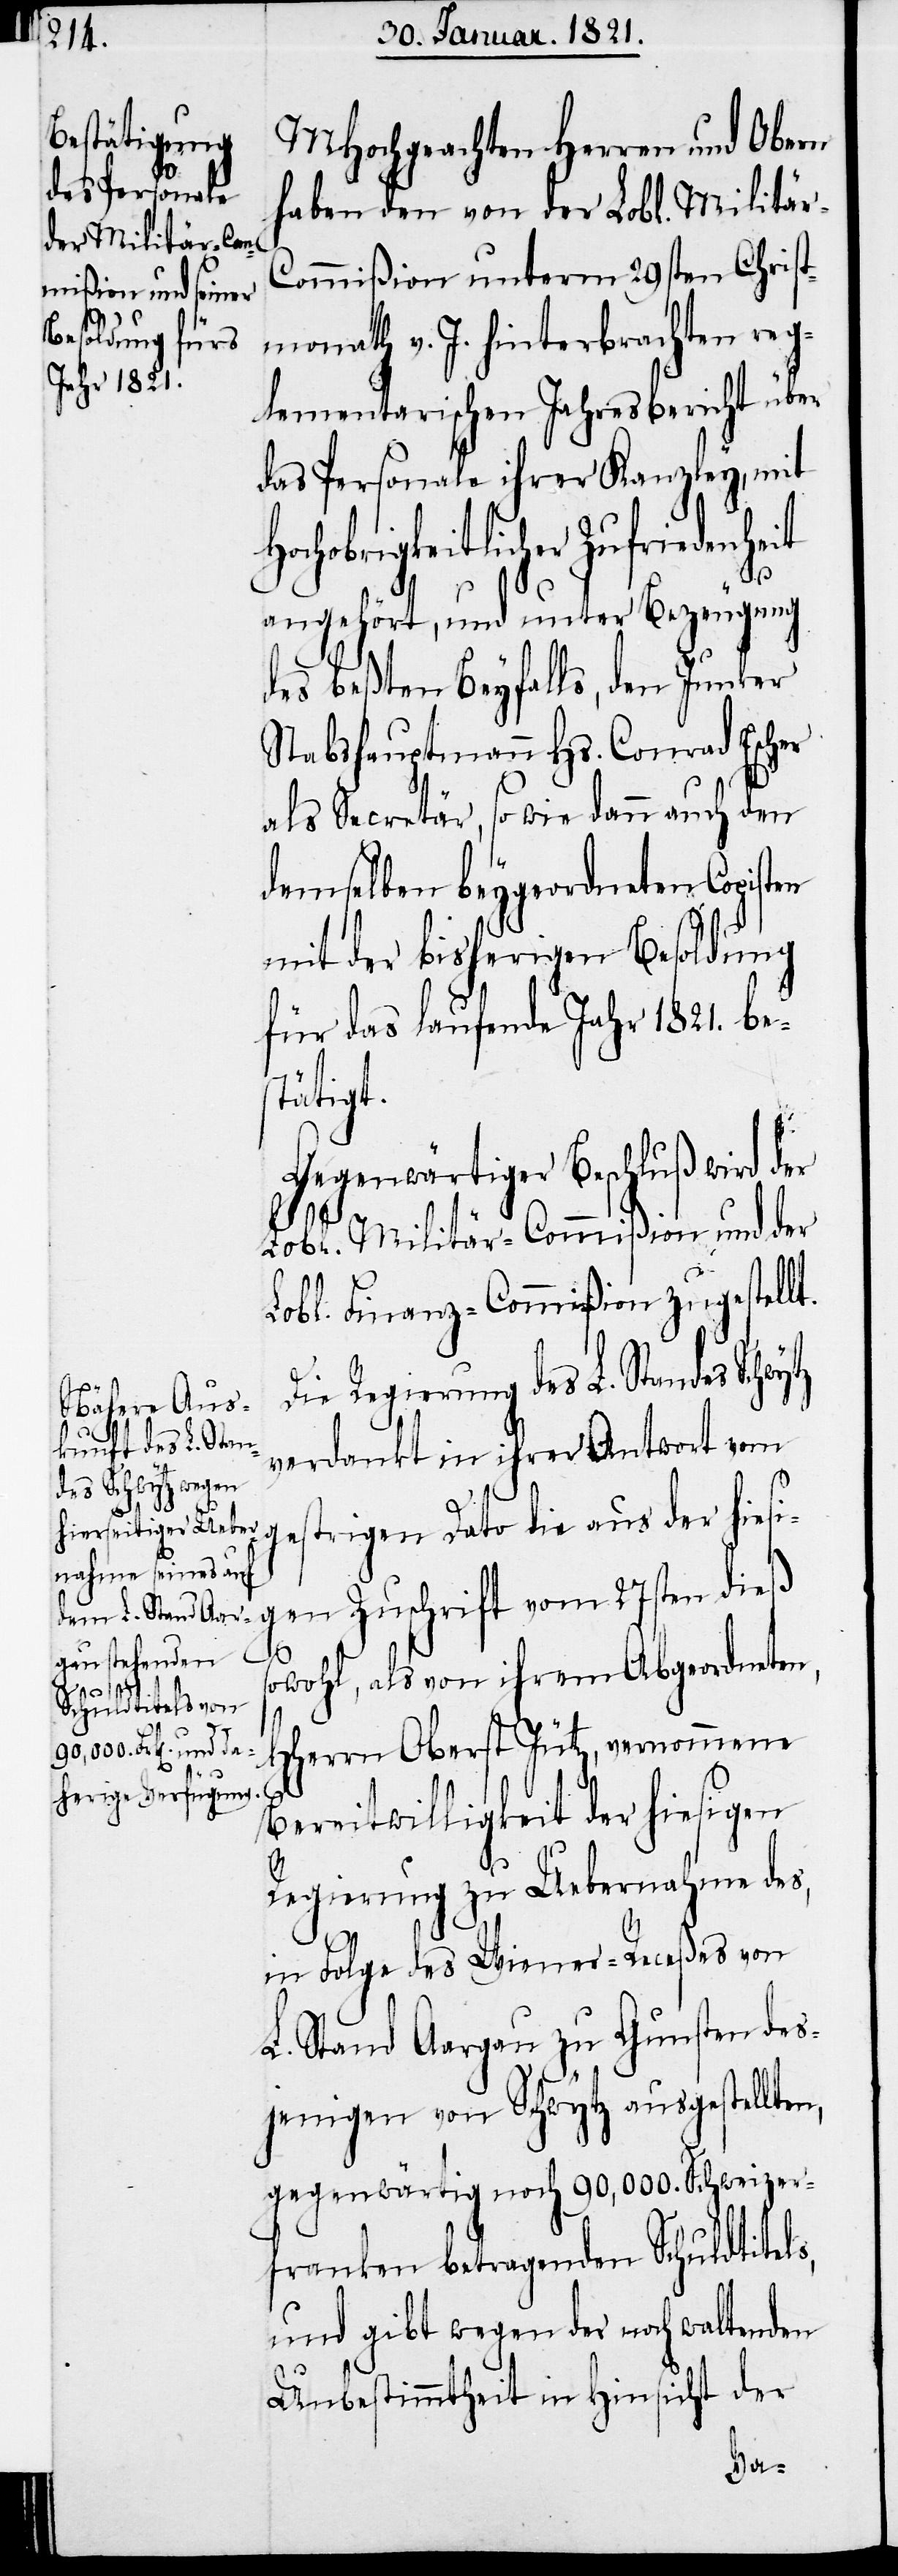
MHochgeachten Herren und Obern
haben den von der Lobl. Militä¬
r-Commißion unterm 29sten Christ¬
monath v. J. hinterbrachten reg¬
lementarischen Jahresbericht über
das Personale ihrer Kanzley, mit
Hochobrigkeitlicher Zufriedenheit
angehört, und unter Bezeugung
des beßten Beyfalls, den Junker
Stabshauptmann Hs. Conrad Escher
als Secretär, sowie dann auch den
demselben beygeordneten Copisten
mit der bisherigen Besoldung
für das laufende Jahr 1821. be¬
stätigt.
Gegenwärtiger Beschluß wird der
Lobl. Militär-Commißion und der
Lobl. Finanz-Commißion zugestellt.
Die Regierung des L. Standes Schwy¬
verdankt in ihrer Antwort vom
gen Zuschrift vom 27sten dieß
aus
sowohl, als von ihrem Abgeordneten,
hiesi¬
HHerrn Oberst Jütz, vernommene
Bereitwilligkeit der hiesigen
Regierung zu Uebernahme des,
in Folge des Wiener-Receßes von
L. Stand Aargau zu Gunsten des¬
jenigen von Schwytz ausgestellten,
gegenwärtig noch 90,000. Schweizer¬
franken betragenden Schuldtitels,
und gibt wegen der noch waltenden
Unbestimmtheit in Hinsicht der